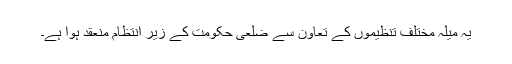
یہ میلہ مختلف تنظیموں کے تعاون سے ضلعی حکومت کے زیر انتظام منعقد ہوا ہے۔